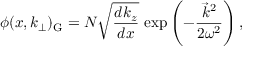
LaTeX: \phi ( x , k _ { \perp } ) _ { \mathrm { G } } = { \cal N } \sqrt { { \frac { d k _ { z } } { d x } } } ~ \mathrm { e x p } \left( - { \frac { \vec { k } ^ { 2 } } { 2 \omega ^ { 2 } } } \right) ,